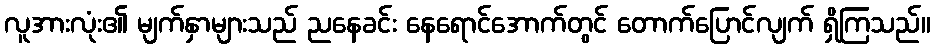
လူအားလုံး၏ မျက်နှာများသည် ညနေခင်း နေရောင်အောက်တွင် တောက်ပြောင်လျက် ရှိကြသည်။